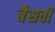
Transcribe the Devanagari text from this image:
बैसवी